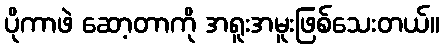
ပိုကာဖဲ ဆော့တာကို အရူးအမူးဖြစ်သေးတယ်။